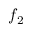
f _ { 2 }